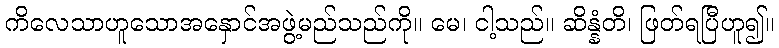
ကိလေသာဟူသောအနှောင်အဖွဲ့မည်သည်ကို။ မေ၊ ငါ့သည်။ ဆိန္နံတိ၊ ဖြတ်ရပြီဟူ၍။